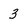
Character: 3